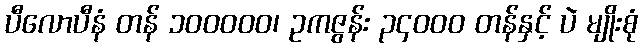
ပီလောပီနံ တန် ၁၀၀၀၀၀၊ ဥကဇွန်း ၃၄၀၀၀ တန်နှင့် ပဲ မျိုးစုံ